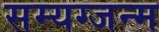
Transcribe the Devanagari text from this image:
सम्यग्जन्म